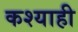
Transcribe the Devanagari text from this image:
कश्याही